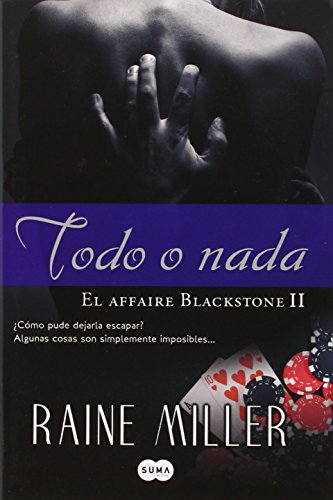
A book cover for Todo o nada (Spanish Edition); Raine Miller; Romance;